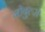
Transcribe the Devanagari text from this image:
गोबुल्स